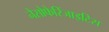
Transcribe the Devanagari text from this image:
नैसोफेरिंजाइटिस